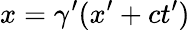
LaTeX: x=\gamma^{\prime}(x^{\prime}+ct^{\prime})